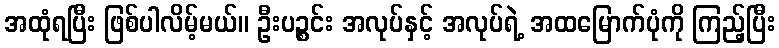
အထုံရပြီး ဖြစ်ပါလိမ့်မယ်။ ဦးပဉ္စင်း အလုပ်နှင့် အလုပ်ရဲ့ အထမြောက်ပုံကို ကြည့်ပြီး